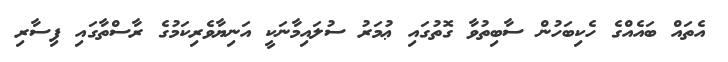
އެތައް ބައެއްގެ ހެކިބަހުން ސާބިތުވާ ގޮތުގައި ޢުމަރު ސުލައިމާނަކީ އަނިޔާވެރިކަމުގެ ރާސްތާގައި ފިސާރި